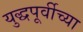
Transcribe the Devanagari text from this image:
युद्धपूर्वीच्या